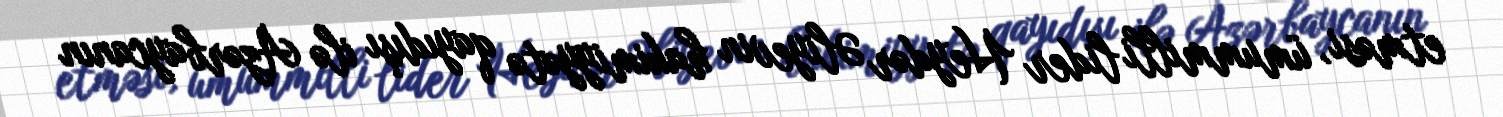
etməsi, ümummilli lider Heydər Əliyevin hakimiyyətə qayıdışı ilə Azərbaycanın